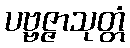
ပဗ္ဗဇ္ဇာသုတ္တံ